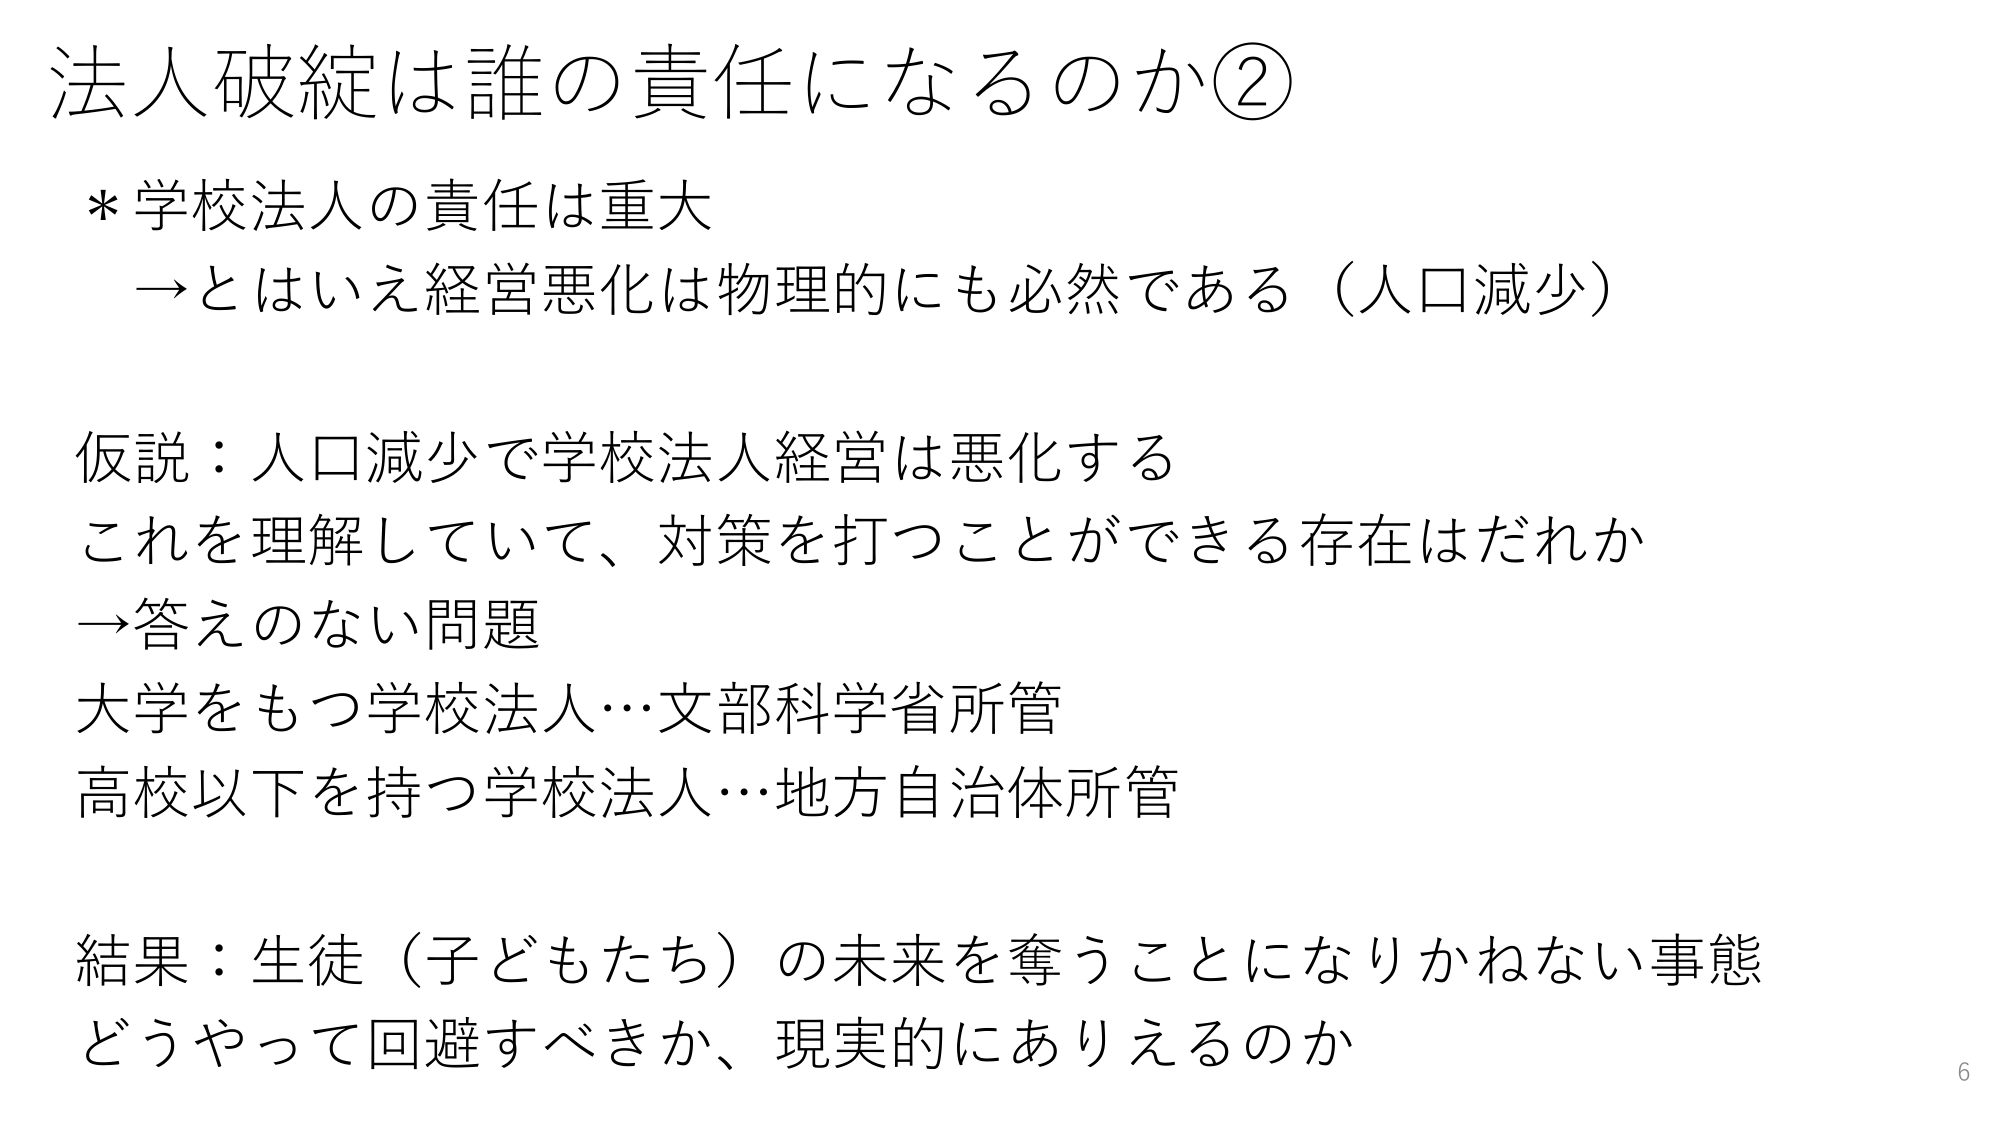
法人破綻は誰の責任になるのか②
＊学校法人の責任は重大
→とはいえ経営悪化は物理的にも必然である（人口減少）

仮説：人口減少で学校法人経営は悪化する
これを理解していて、対策を打つことができる存在はだれか
→答えのない問題
大学をもつ学校法人…文部科学省所管
高校以下を持つ学校法人…地方自治体所管

結果：生徒（子どもたち）の未来を奪うことになりかねない事態
どうやって回避すべきか、現実的にありえるのか

6